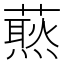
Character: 𧀙